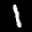
Label: 1